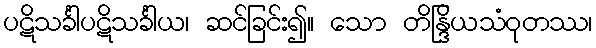
ပဋိသင်္ခါပဋိသင်္ခါယ၊ ဆင်ခြင်း၍။ သော တိန္ဒြိယသံဝုတဿ၊